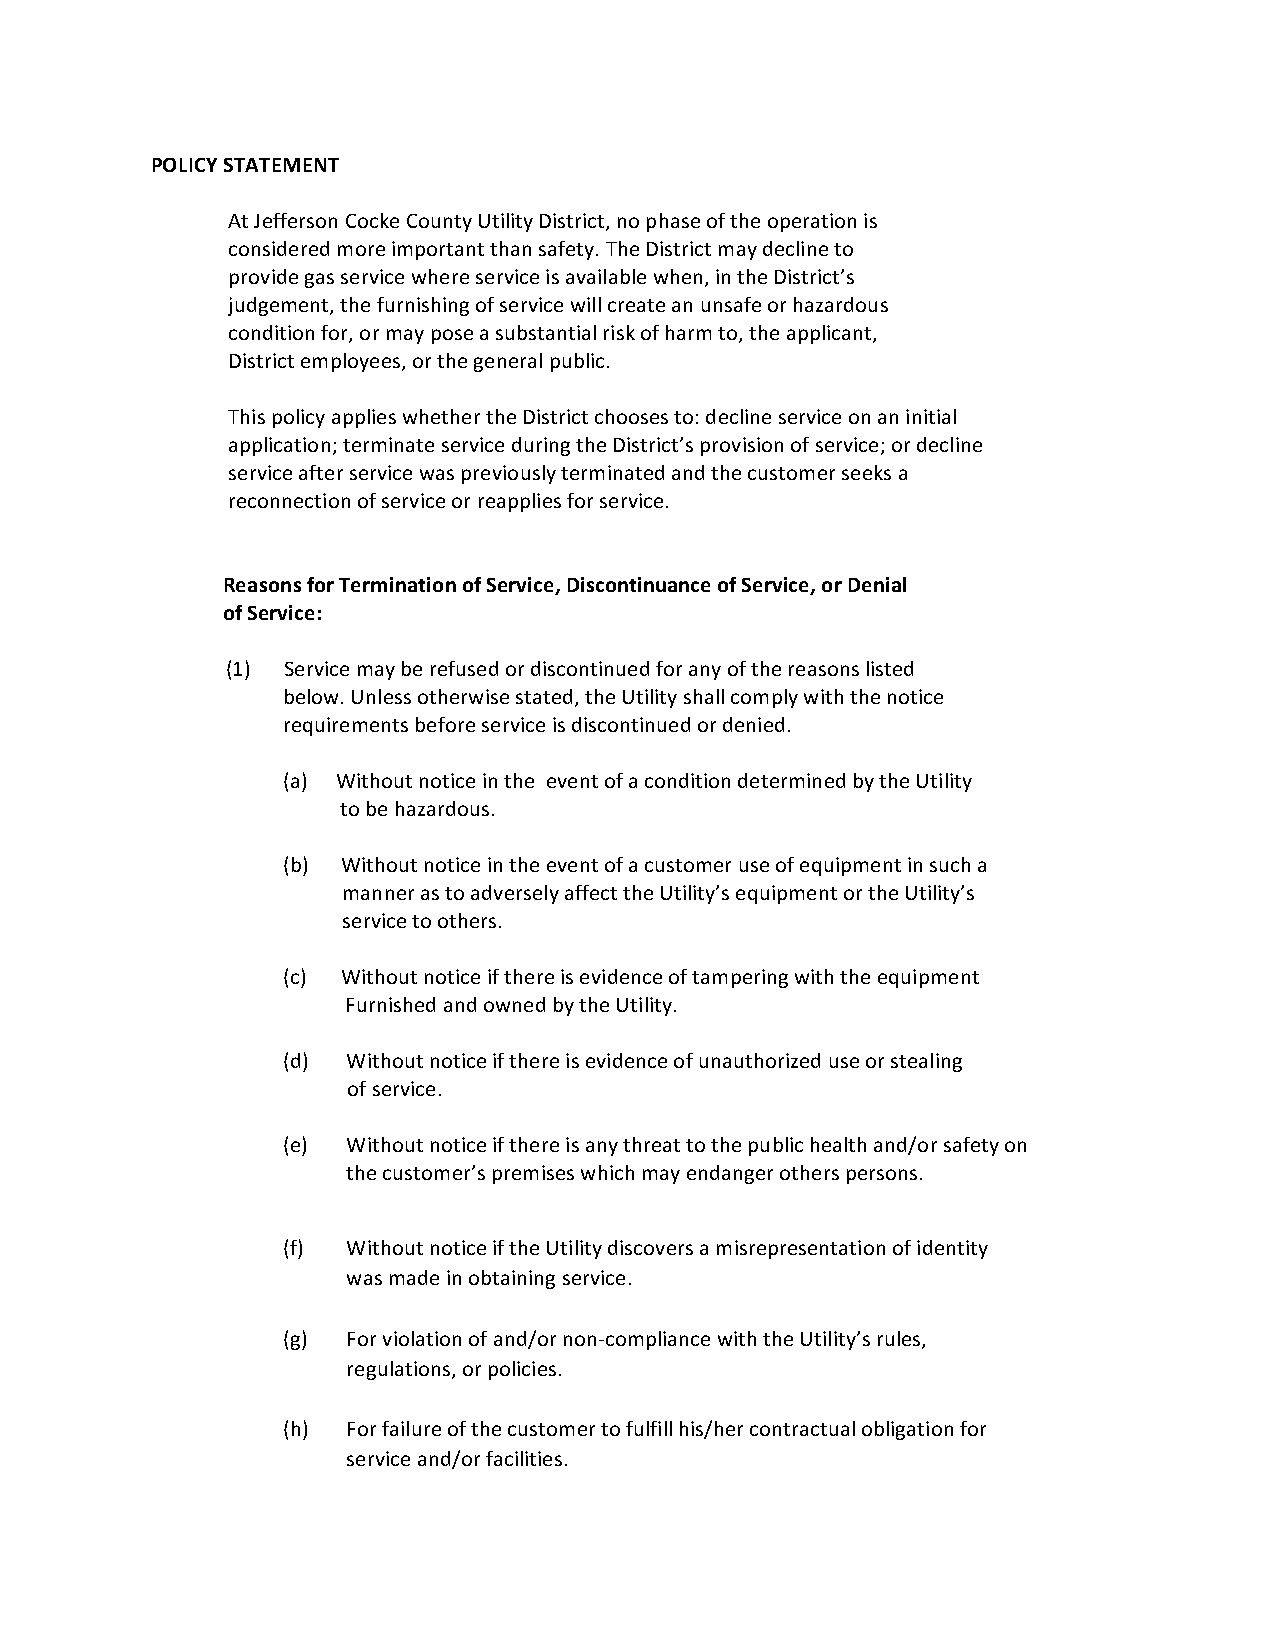
POLICY STATEMENT
 At Jefferson Cocke County Utility District, no phase of the operation is
 considered more important than safety. The District may decline to
 provide gas service where service is available when, in the District’s
 judgement, the furnishing of service will create an unsafe or hazardous
 condition for, or may pose a substantial risk of harm to, the applicant,
 District employees, or the general public.
 This policy applies whether the District chooses to: decline service on an initial
 application; terminate service during the District’s provision of service; or decline
 service after service was previously terminated and the customer seeks a
 reconnection of service or reapplies for service.
 Reasons for Termination of Service, Discontinuance of Service, or Denial
 of Service:
 (1) Service may be refused or discontinued for any of the reasons listed
 below. Unless otherwise stated, the Utility shall comply with the notice
 requirements before service is discontinued or denied.
 (a) Without notice in the event of a condition determined by the Utility
 to be hazardous.
 (b) Without notice in the event of a customer use of equipment in such a
 manner as to adversely affect the Utility’s equipment or the Utility’s
 service to others.
 (c) Without notice if there is evidence of tampering with the equipment
 Furnished and owned by the Utility.
 (d) Without notice if there is evidence of unauthorized use or stealing
 of service.
 (e) Without notice if there is any threat to the public health and/or safety on
 the customer’s premises which may endanger others persons.
 (f) Without notice if the Utility discovers a misrepresentation of identity
 was made in obtaining service.
 (g) For violation of and/or non-compliance with the Utility’s rules,
 regulations, or policies.
 (h) For failure of the customer to fulfill his/her contractual obligation for
 service and/or facilities.